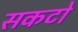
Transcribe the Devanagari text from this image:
सकटो